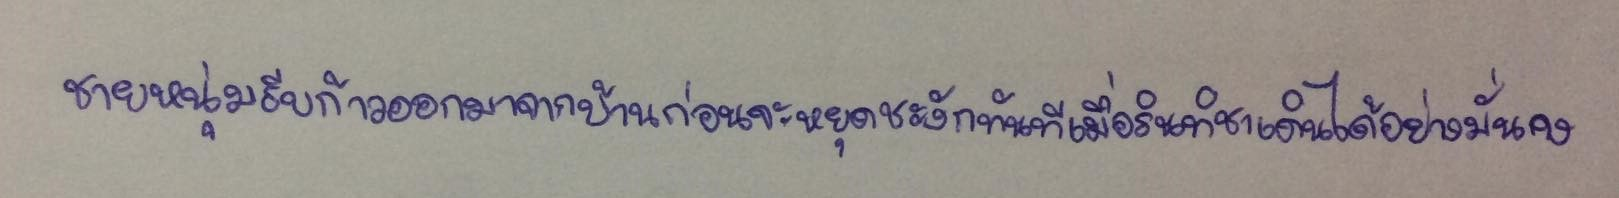
ชายหนุ่มรีบก้าวออกมาจากบ้านก่อนจะหยุดชะงักทันทีเมื่อรินทิชาเดินได้อย่างมั่นคง